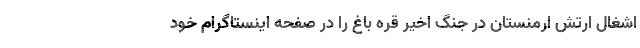
اشغال ارتش ارمنستان در جنگ اخیر قره باغ را در صفحه اینستاگرام خود